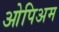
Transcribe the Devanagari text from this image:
ओपिअम